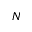
N